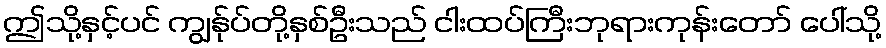
ဤသို့နှင့်ပင် ကျွန်ုပ်တို့နှစ်ဦးသည် ငါးထပ်ကြီးဘုရားကုန်းတော် ပေါ်သို့